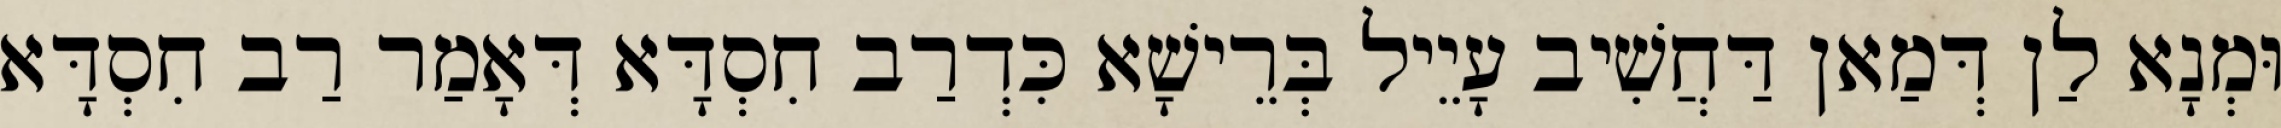
וּמְנָא לַן דְּמַאן דַּחֲשִׁיב עָיֵיל בְּרֵישָׁא כִּדְרַב חִסְדָּא דְּאָמַר רַב חִסְדָּא